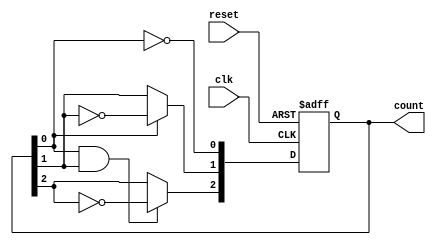
module async_counter (
    input wire clk,         // Clock input
    input wire reset,       // Asynchronous reset input
    output reg [2:0] count  // 3-bit output count
);

// Always block for the counter
always @(posedge clk or posedge reset) begin
    if (reset) begin
        count <= 3'b000;   // Reset the counter to 0
    end else begin
        count[0] <= ~count[0]; // Toggle LSB
        count[1] <= count[0] ? ~count[1] : count[1]; // Toggle next bit if LSB is 0
        count[2] <= (count[0] & count[1]) ? ~count[2] : count[2]; // Toggle MSB if both LSB and next bit are 1
    end
end

endmodule